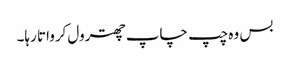
بس وہ چپ چاپ چھترول کرواتا رہا۔